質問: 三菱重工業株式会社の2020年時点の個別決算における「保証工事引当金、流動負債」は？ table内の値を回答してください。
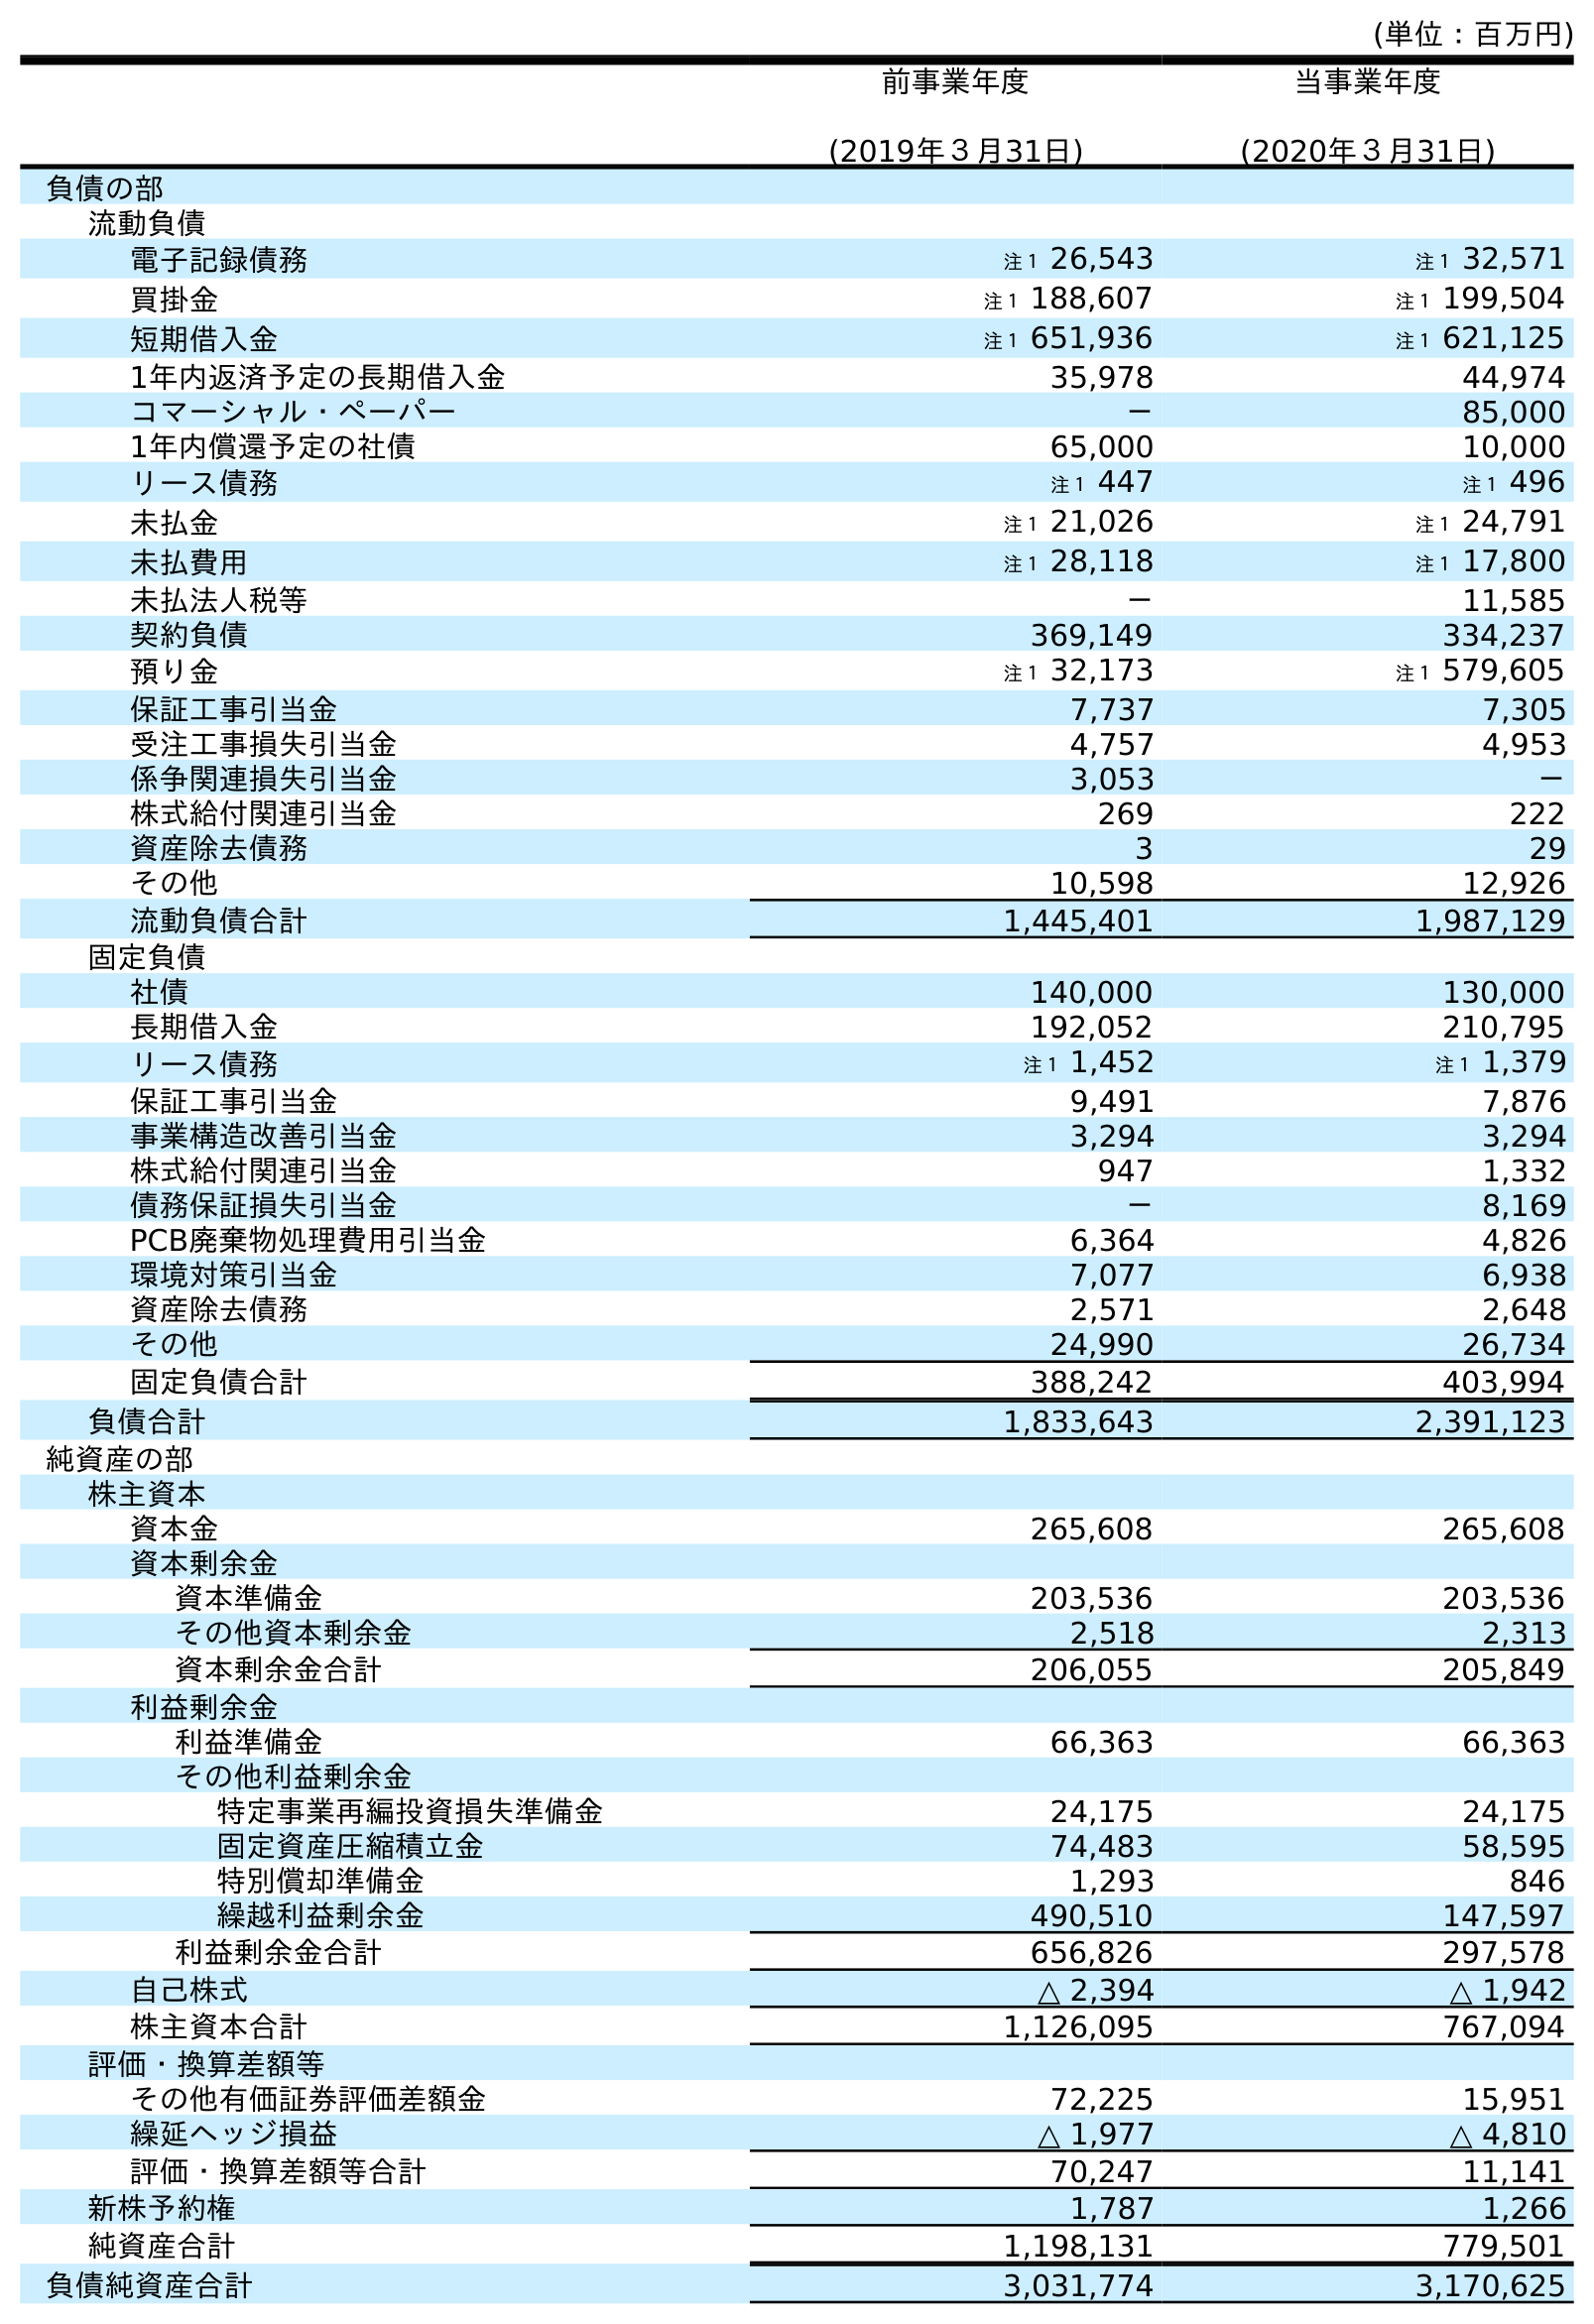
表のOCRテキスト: (単位：百万円) 前事業年度 (2019年３月31日) 当事業年度 (2020年３月31日) 負債の部 流動負債 電子記録債務 注１ 26,543 注１ 32,571 買掛金 注１ 188,607 注１ 199,504 短期借入金 注１ 651,936 注１ 621,125 1年内返済予定の長期借入金 35,978 44,974 コマーシャル・ペーパー － 85,000 1年内償還予定の社債 65,000 10,000 リース債務 注１ 447 注１ 496 未払金 注１ 21,026 注１ 24,791 未払費用 注１ 28,118 注１ 17,800 未払法人税等 － 11,585 契約負債 369,149 334,237 預り金 注１ 32,173 注１ 579,605 保証工事引当金 7,737 7,305 受注工事損失引当金 4,757 4,953 係争関連損失引当金 3,053 － 株式給付関連引当金 269 222 資産除去債務 3 29 その他 10,598 12,926 流動負債合計 1,445,401 1,987,129 固定負債 社債 140,000 130,000 長期借入金 192,052 210,795 リース債務 注１ 1,452 注１ 1,379 保証工事引当金 9,491 7,876 事業構造改善引当金 3,294 3,294 株式給付関連引当金 947 1,332 債務保証損失引当金 － 8,169 PCB廃棄物処理費用引当金 6,364 4,826 環境対策引当金 7,077 6,938 資産除去債務 2,571 2,648 その他 24,990 26,734 固定負債合計 388,242 403,994 負債合計 1,833,643 2,391,123 純資産の部 株主資本 資本金 265,608 265,608 資本剰余金 資本準備金 203,536 203,536 その他資本剰余金 2,518 2,313 資本剰余金合計 206,055 205,849 利益剰余金 利益準備金 66,363 66,363 その他利益剰余金 特定事業再編投資損失準備金 24,175 24,175 固定資産圧縮積立金 74,483 58,595 特別償却準備金 1,293 846 繰越利益剰余金 490,510 147,597 利益剰余金合計 656,826 297,578 自己株式 △ 2,394 △ 1,942 株主資本合計 1,126,095 767,094 評価・換算差額等 その他有価証券評価差額金 72,225 15,951 繰延ヘッジ損益 △ 1,977 △ 4,810 評価・換算差額等合計 70,247 11,141 新株予約権 1,787 1,266 純資産合計 1,198,131 779,501 負債純資産合計 3,031,774 3,170,625
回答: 7,305